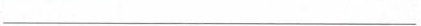
___